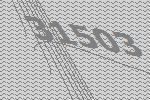
31503